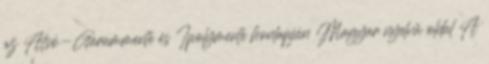
az Alsó-Garammente és Ipolymente honlapján Magyar nyelvű oldal A